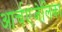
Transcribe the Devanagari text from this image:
आर्चएंजेलिका